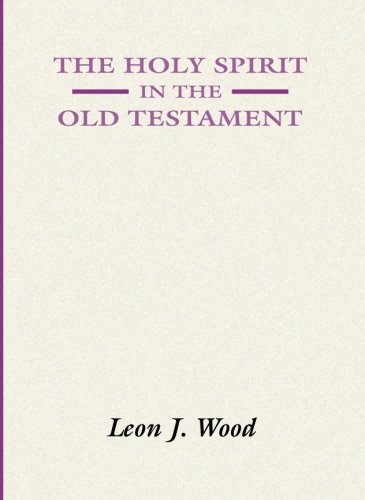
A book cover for The Holy Spirit in the Old Testament; Leon J. Wood; Christian Books & Bibles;